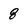
Character: 8